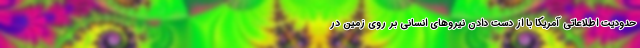
حدودیت اطلاعاتی آمریکا با از دست دادن نیروهای انسانی بر روی زمین در